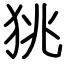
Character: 狣